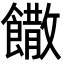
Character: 饊